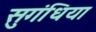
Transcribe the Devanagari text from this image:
सुगंधिया